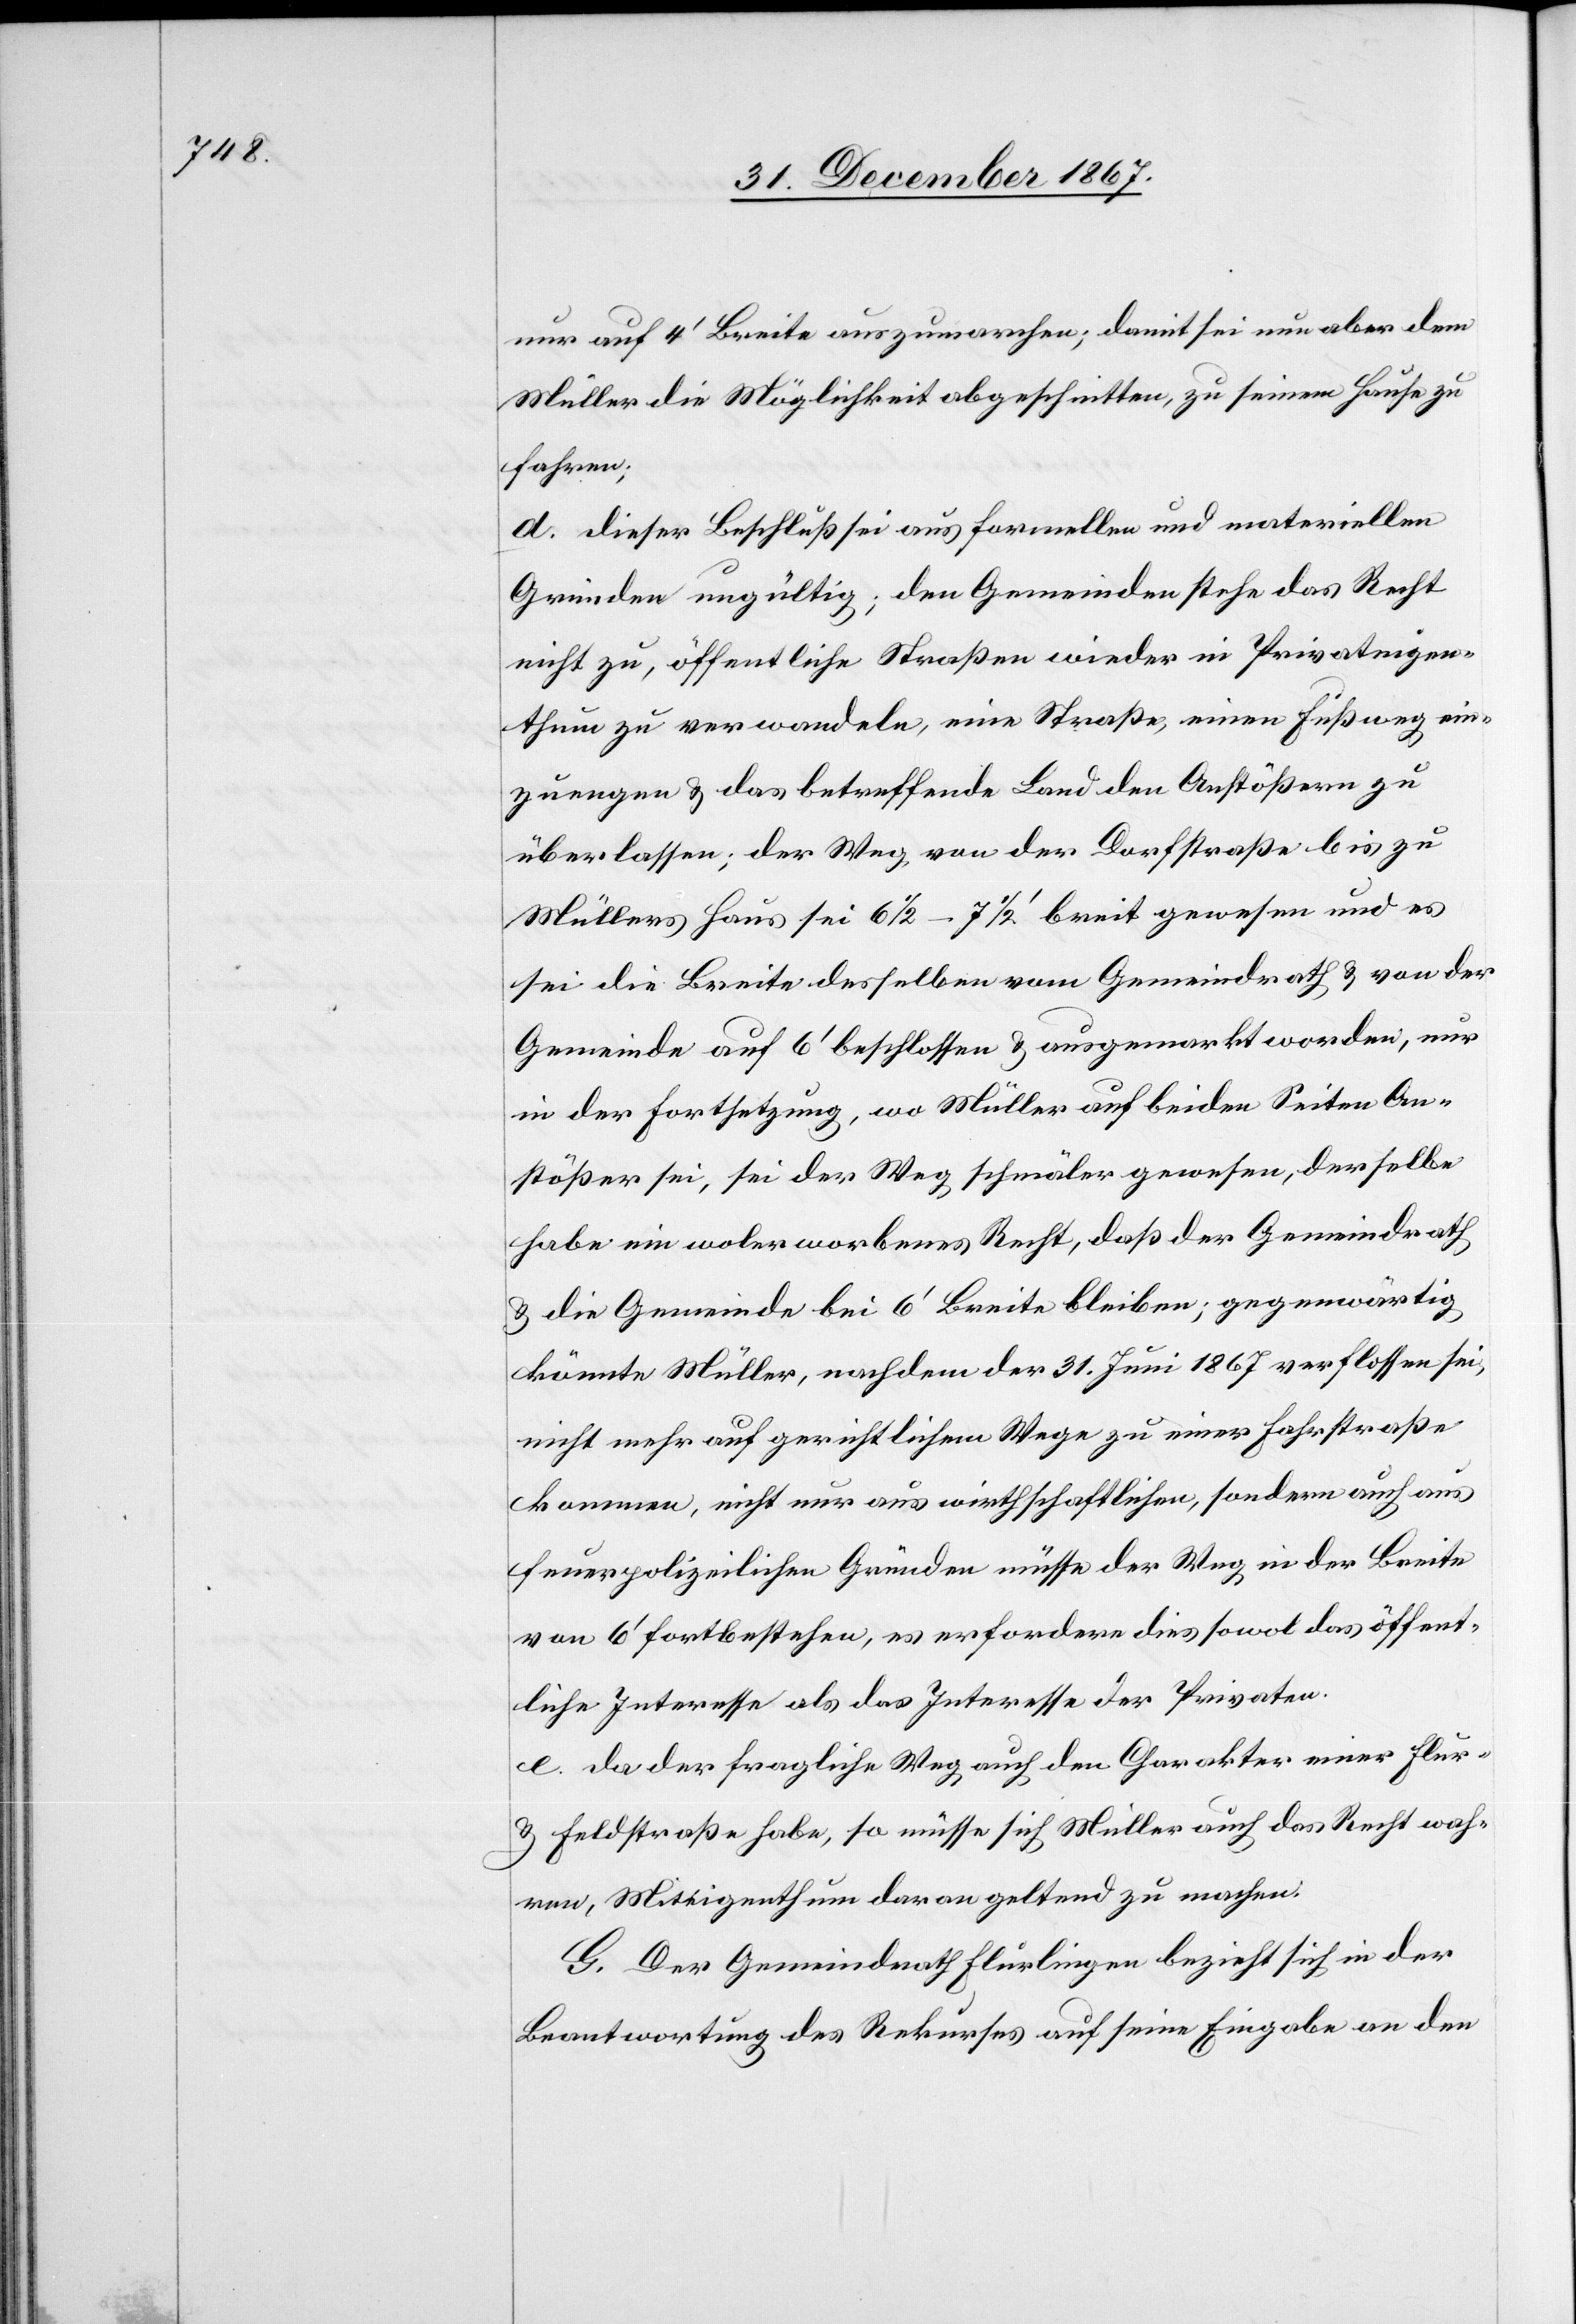
nur auf 4‘ Breite auszumarchen; damit sei nun aber dem
Müller die Möglichkeit abgeschnitten, zu seinem Hause zu
fahren;
d. dieser Beschluß sei aus formellen und materiellen
Gründen ungültig; den Gemeinden stehe das Recht
nicht zu, öffentliche Straßen wieder in Privateigen¬
thum zu verwandeln, eine Straße, einen Fußweg ein¬
zuengen u. das betreffende Land den Anstößern zu
überlassen; der Weg, von der Dorfstraße bis zu
Müllers Haus, sei 61/2–71/2‘ breit gewesen und es
sei die Breite desselben vom Gemeindrath u. von der
Gemeinde auf 6‘ beschlossen u. ausgemarkt worden, nur
in der Fortsetzung, wo Müller auf beiden Seiten An¬
stößer sei, sei der Weg schmaler gewesen, derselbe
habe ein wolerworbenes Recht, daß der Gemeindrath
u. die Gemeinde bei 6‘ Breite bleiben; gegenwärtig
könnte Müller, nachdem der 31. Juni 1867 verflossen sei,
nicht mehr auf gerichtlichem Wege zu einer Fahrstraße
kommen, nicht nur aus wirthschaftlichen, sondern auch aus
feuerpolizeilichen Gründen müsse der Weg in der Breite
von 6‘ fortbestehen, es erfordere dies sowol das öffent¬
liche Interesse als das Interesse der Privaten.
e. da der fragliche Weg auch den Charakter einer Flur-
u. Feldstraße habe, so müsse Müller auch das Recht wah¬
ren, Miteigenthum daran geltend zu machen.
G. Der Gemeindrath Flurlingen bezieht sich in der
Beantwortung des Rekurses auf seine Eingabe an den